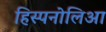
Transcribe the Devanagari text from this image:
हिस्पनोलिआ